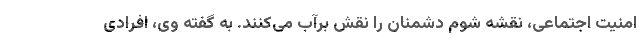
امنیت اجتماعی، نقشه شوم دشمنان را نقش برآب می‌کنند. به گفته وی، افرادی